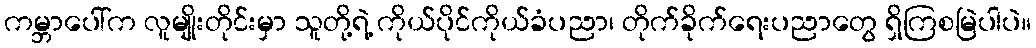
ကမ္ဘာပေါ်က လူမျိုးတိုင်းမှာ သူတို့ရဲ့ ကိုယ်ပိုင်ကိုယ်ခံပညာ၊ တိုက်ခိုက်ရေးပညာတွေ ရှိကြစမြဲပါပဲ။